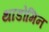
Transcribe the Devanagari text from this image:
थाडोमिन